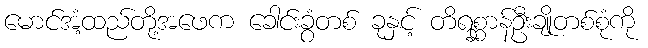
မောင်အံ့ထည်တို့အဖေက ခေါင်းခွံတစ် ခုနှင့် တိရစ္ဆာန်ဦးချိုတစ်စုံကို